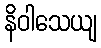
နိဝါသေယျ